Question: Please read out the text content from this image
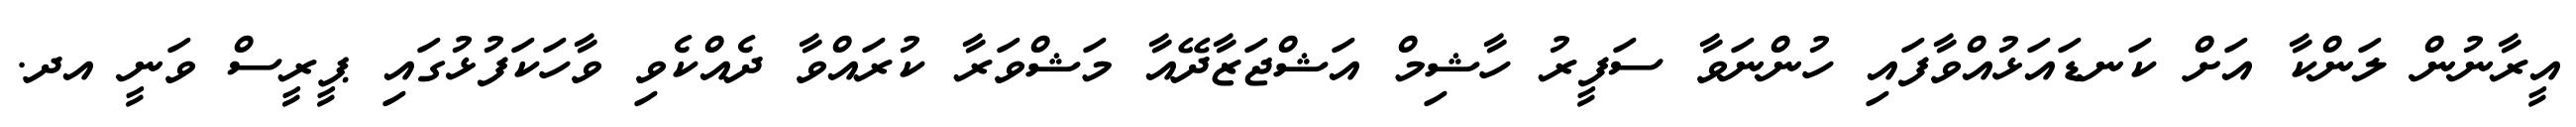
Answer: އީރާނުން ލަންކާ އަށް ކަނޑައަޅުއްވާފައި ހުންނަވާ ސަފީރު ހާޝިމް އަޝްޖަޒާދޭއާ މަޝްވަރާ ކުރައްވާ ދެއްކެވި ވާހަކަފުޅުގައި ޕީރީސް ވަނީ އދ.